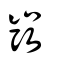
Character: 弢